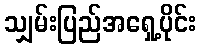
သျှမ်းပြည်အရှေ့ပိုင်း